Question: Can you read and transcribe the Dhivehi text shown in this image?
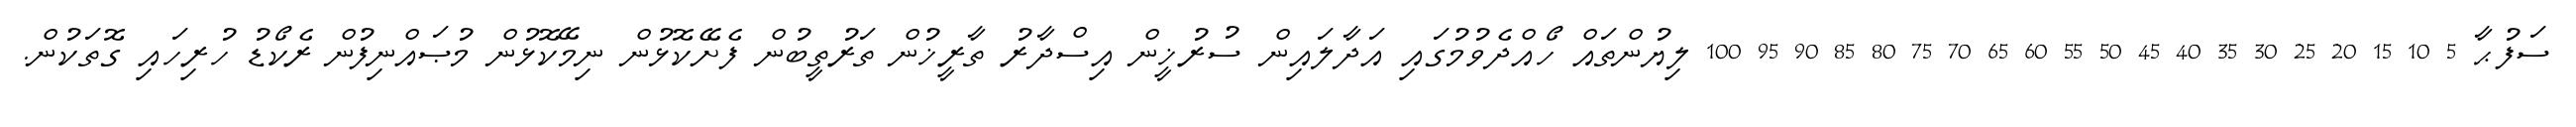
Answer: ސަފުޙާ 5 10 15 20 25 30 35 40 45 50 55 60 65 70 75 80 85 90 95 100 ލިޔުންތައް ހޯއްދެވުމުގައި އަދާލައިން ސުރުޚީން އިސްދާރު ތާރީޚުން ތަރުތީބުން ފެށޭކޮޅުން ނިމޭކޮޅުން މުޞައްނިފުން ރެކޯޑު ހުރިހައި ގޮތަކުން.